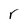
Character: r